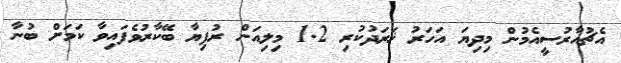
އެޗުއާރުސީއެމުން މިދިޔަ އަހަރު ޚަރަދުކުރި 1.2 މިލިއަން ރުފިޔާ ބޭކާރުވެފައިވާ ކަމަށް ބުނާ